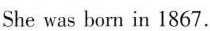
She was born in 1867.